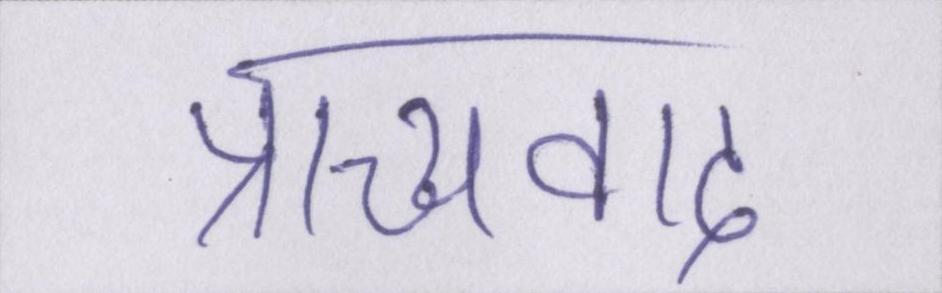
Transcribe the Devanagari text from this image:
प्राच्यवाद